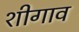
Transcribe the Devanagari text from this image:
शीगाव